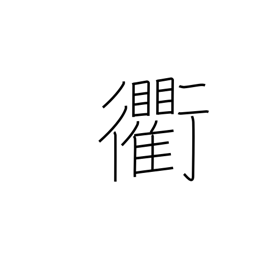
Meaning: crossroads